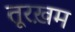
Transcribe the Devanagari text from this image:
तूरख़म